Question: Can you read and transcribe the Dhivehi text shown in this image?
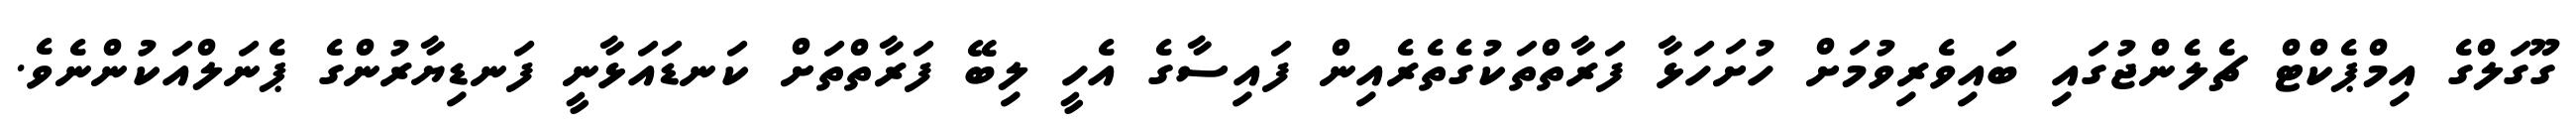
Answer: ގޫގަލްގެ އިމްޕެކްޓް ޗެލެންޖުގައި ބައިވެރިވުމަށް ހުށަހަޅާ ފަރާތްތަކުގެތެރެއިން ފައިސާގެ އެހީ ލިބޭ ފަރާތްތަށް ކަނޑައަޅާނީ ފަނޑިޔާރުންގެ ޕެނަލްއަކުންނެވެ.